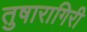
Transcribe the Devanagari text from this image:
तुषारागिरी